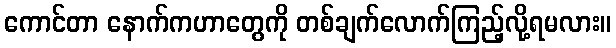
ကောင်တာ နောက်ကဟာတွေကို တစ်ချက်လောက်ကြည့်လို့ရမလား။